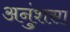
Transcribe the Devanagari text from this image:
अनुंशसा